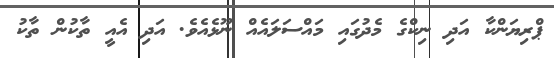
ޕްރިޔަންކާ އަދި ނިކްގެ މެދުގައި މައްސަލައެއް ނޫޅެއެވެ. އަދި އެއީ ތާކުން ތާކު